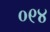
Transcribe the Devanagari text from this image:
०९४